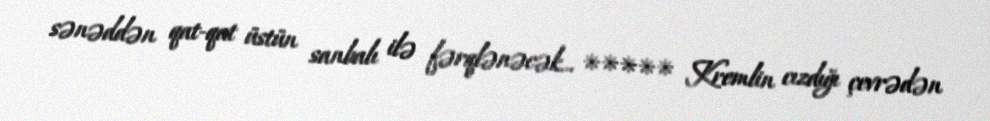
sənəddən qat-qat üstün sanbalı ilə fərqlənəcək... ***** Kremlin cızdığı çevrədən